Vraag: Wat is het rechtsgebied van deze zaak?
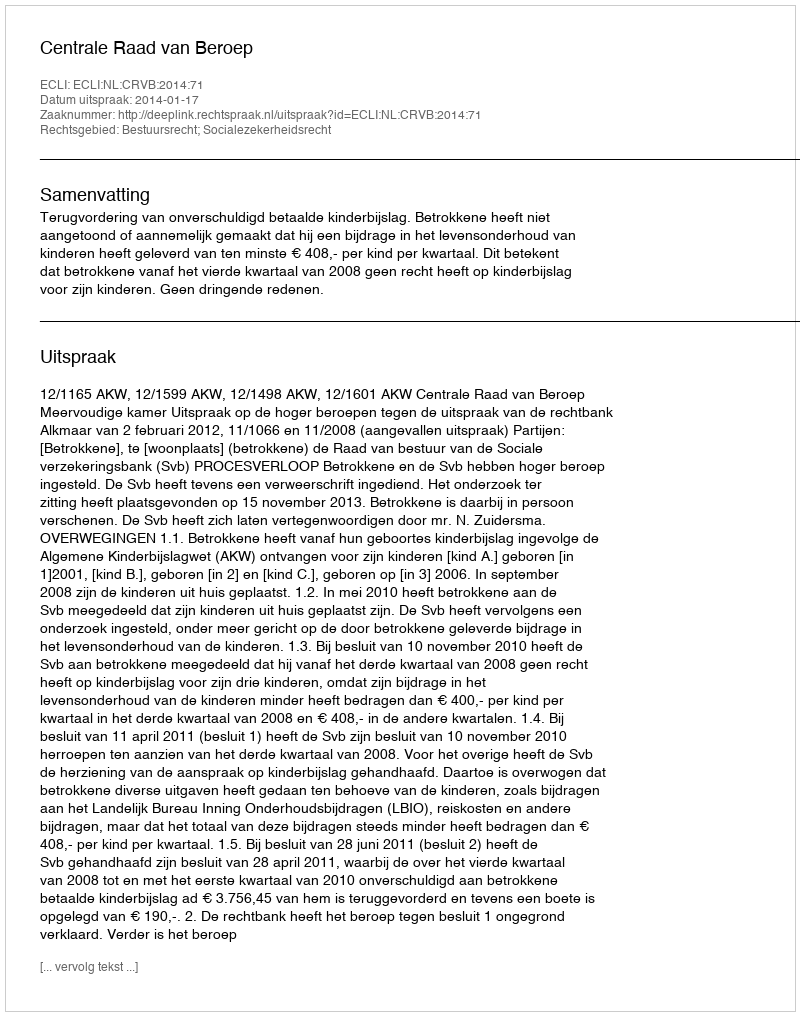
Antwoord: Bestuursrecht; Socialezekerheidsrecht